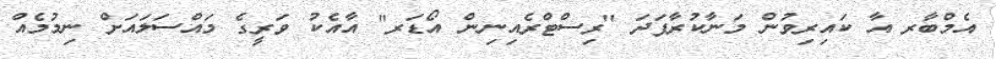
އެމްބާރ އާ ކައިރިވުން މަނާކުރާފަދަ "ރިސްޓްރެއިނިން އޯޑަރ" އާއެކު ވަރީގެ މައްސަލައަށް ނިމުމެއް